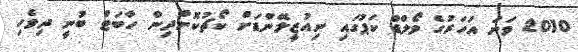
2010 ވަނަ އަހަރުގެ ވޯލްޑް ކަޕުގައި ނިއުޒީލޭންޑަށް ކޯޗުކޮށްދިން ހާބަޓް ބުނީ ދިވެހި